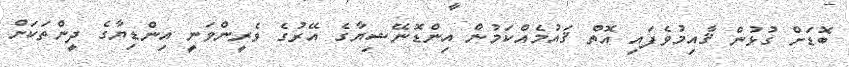
ބޮޑަށް ގުޅުން ޤާއިމުވެފައި އޮތް ޤައުމެއްކަމުން އިންޑޮނޭޝިޔާގެ އޭރުގެ ވެރީންވަނީ އިންޑިޔާގެ ދީންތަކަށް